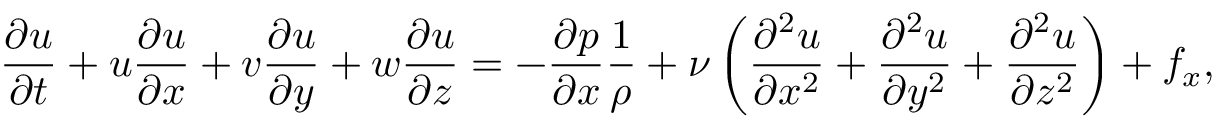
{ \frac { \partial u } { \partial t } } + u { \frac { \partial u } { \partial x } } + v { \frac { \partial u } { \partial y } } + w { \frac { \partial u } { \partial z } } = - { \frac { \partial p } { \partial x } } { \frac { 1 } { \rho } } + \nu \left( { \frac { \partial ^ { 2 } u } { \partial x ^ { 2 } } } + { \frac { \partial ^ { 2 } u } { \partial y ^ { 2 } } } + { \frac { \partial ^ { 2 } u } { \partial z ^ { 2 } } } \right) + f _ { x } ,